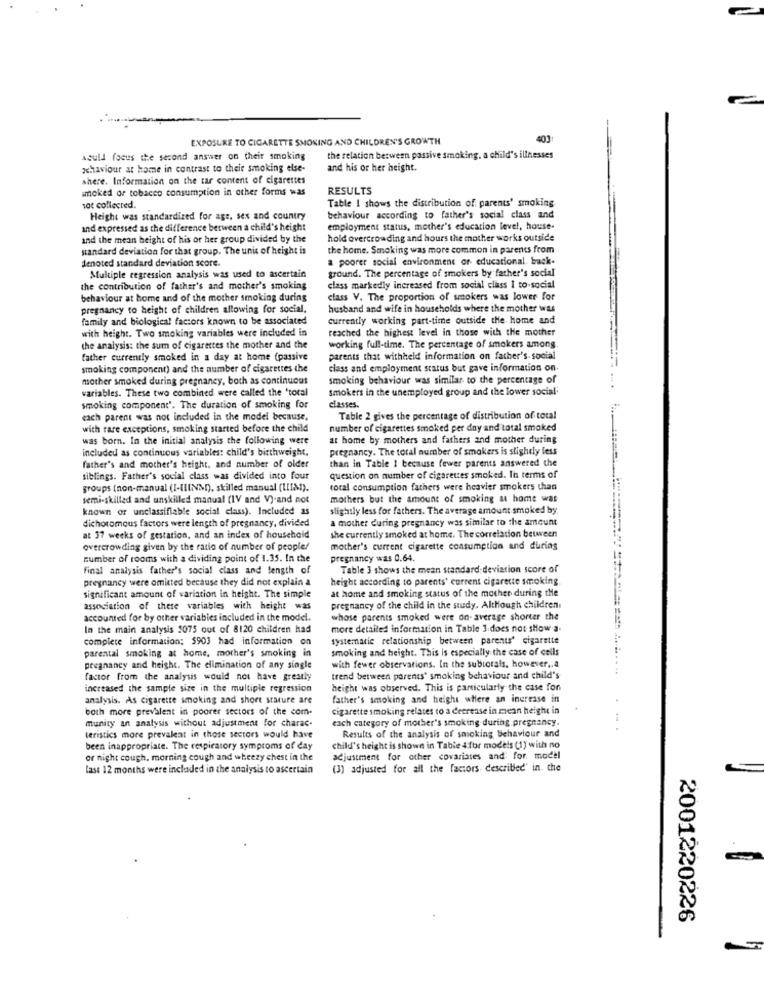
EXPOSURE TO CIGARETTE SMOKING AND CHILDREN'S GROWTH
401
sould focus the second answer on their smoking
the relation between passive smoking. a child's illnesses
zettaviour at home in contrast to their smoking else-
and his or her height.
shere. Information on the tar content of cigarettes
smoked or tobacco consumption in other forms was
RESULTS
Table 1 shows the distribution of: parents' smoking.
sat collected.
Height was standardized for age, sex and country
behaviour according to father's social class and
and expressed as the difference between a child's height
employment status, mother's education level, house-
and the mean height of his or her group divided by the
hold overcrowding and hours the mother works outside
standard deviation for that group. The unit of height is
the home. Smoking was more common in parents from
denoted standard deviation score.
a poorer social environment or educational. back-
ground. The percentage of smokers by father's social
Multiple regression analysis was used to ascertain
the contribution of father's and mother's smoking
class markedly increased from social class I to social
behaviour at home and of the mother smoking during
class V. The proportion of smokers was lower for
pregnancy to height of children allowing for social,
husband and wife in households where the mother was
family and biological factors known to be associated
currently working part-time outside the home and
with height. Two smoking variables were included in
reached the highest level in those with the mother
working full-time. The percentage of smokers among.
the analysis: the sum of cigarettes the mother and the
father currently smoked in a day at home (passive
parents that withheld information on father's social
smoking component) and the number of cigarettes che
class and employment status but gave information on.
mother smoked during pregnancy, both as continuous
smoking behaviour was similar to the percentage of
variables. These two combined were called the 'total
smokers in the unemployed group and the lower social
smoking component'. The duration of smoking for
classes.
each parent was not included in the model because.
Table 2 gives the percentage of distribution of total
with rare exceptions, smoking started before the child
number of cigarettes smoked per day and total smoked
was born. In the initial analysis the following were
at home by mothers and fathers and mother during
included as continuous variables: child's birthweight,
pregnancy. The total number of smokers is slightly less
than in Table 1 because fewer parents answered the
father's and mother's height, and number of older
siblings. Father's social class was divided into four
question on number of cigarettes smoked. In terms of
groups (non-manual (I-IIINMD), skilled manual (LIM).
total consumption fathers were heavier smokers chan
semi-skilled and unskilled manual (IV and V)-and not
mothers but the amount of smoking at home was
known or unclassifiable social class). Included as
slightly less for fathers. The average amount smoked by
dichotomous factors were length of pregnancy, divided
a mother during pregnancy was similar to the amount
she currently smoked at home. The correlation between
at 37 weeks of gestation, and an index of household
overcrowding given by the ratio of number of peoplef
mother's current cigarette consumption and during
----...
number of rooms with a dividing point of 1.35. In the
pregnancy was 0.64.
final analysis father's social class and length of
Table 3 shows the mean standard deviation score of
pregnancy were omitted because they did not explain a
height according to parents' current cigarette smoking.
at home and smoking status of the mother during the
significant amount of variation in height. The simple
association of these variables with height was
pregnancy of the child in the study. Although children
accounted for by other variables included in the model.
whose parents smoked were on. average shorter the
In the main analysis 5075 out of 8120 children had
more detailed information in Table 3 does not show-a.
complete information: $903 had information on
systematic relationship between parents' cigarette
parental smoking at home, mother's smoking in
smoking and height. This is especially the case of cells
with fewer observations. In the subtotals, however ,, a
pregnancy and height. The elimination of any single
factor from the analysis would not have greatly
trend between parents' smoking behaviour and child's
increased the sample size in the multiple regression
height was observed. This is particularly the case fon
analysis. As Cigarette smoking and short stature are
father's smoking and height where an increase in
both more prevalent in poorer sectors of the com-
cigarette smoking relates to a decrease in mean height in
munity an analysis without adjustment for charac-
each category of mother's smoking during pregnancy.
Results of the analysis of smoking behaviour and
teristics more prevalent in those sectors would have
been inappropriate. The respiratory symptoms of day
child's height is shown in Table 4 for models (1) with no
or night cough. morning cough and wheezy chest in the
adjustment for other covariates and: for. model
last 12 months were included in the analysis to ascertain
(3) adjusted for all the factors described' in. the
2001220226